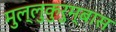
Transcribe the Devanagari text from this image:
मुल्लुकुरुम्बास